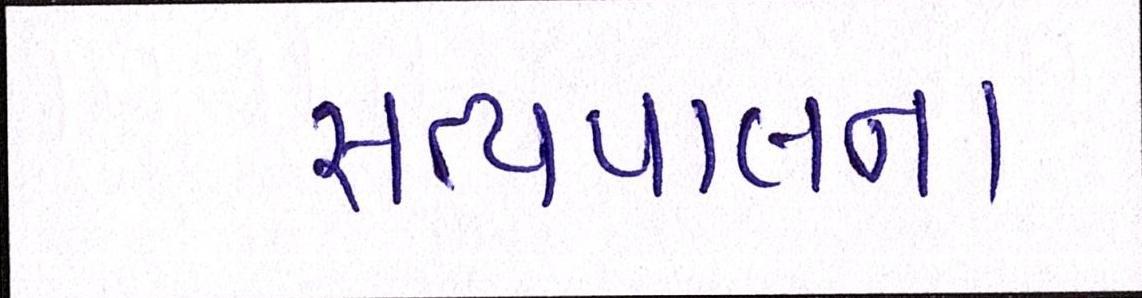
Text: સત્યપાલના